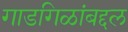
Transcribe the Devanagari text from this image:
गाडगिळांबद्दल